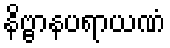
နိဗ္ဗာနပရာယဏံ